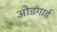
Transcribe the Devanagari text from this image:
ओडगार्ड